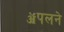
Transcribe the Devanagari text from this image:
ॲपलने